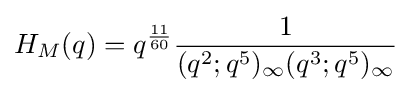
H_{M}(q)=q^{\frac {11}{60}}{\frac {1}{(q^{2};q^{5})_{\infty }(q^{3};q^{5})_{\infty }}}